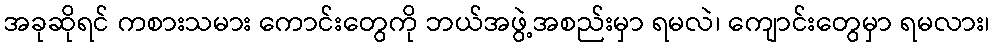
အခုဆိုရင် ကစားသမား ကောင်းတွေကို ဘယ်အဖွဲ့အစည်းမှာ ရမလဲ၊ ကျောင်းတွေမှာ ရမလား၊